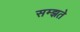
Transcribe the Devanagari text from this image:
सम्झते